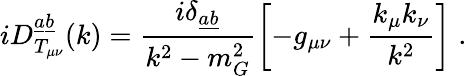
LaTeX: iD_{T_{\mu\nu}}^{\underline{{{a}}}\underline{{{b}}}}(k)=\frac{i\delta_{\underline{{{a}}}\underline{{{b}}}}}{k^{2}-m_{G}^{2}}\left[-g_{\mu\nu}+\frac{k_{\mu}k_{\nu}}{k^{2}}\right]\; .